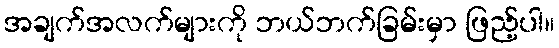
အချက်အလက်များကို ဘယ်ဘက်ခြမ်းမှာ ဖြည့်ပါ။